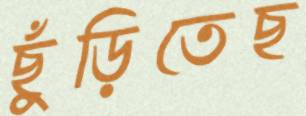
ছুঁড়িতেছ